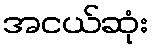
အငယ်ဆုံး